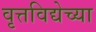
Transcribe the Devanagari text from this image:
वृत्तविद्येच्या